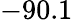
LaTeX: -90.1